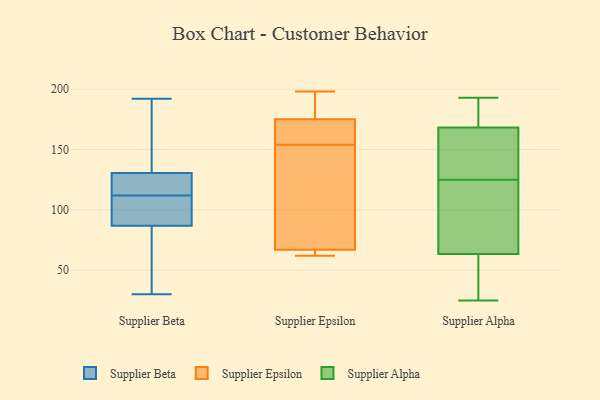
{"axis": {"x": "Backlog", "y": "Value"}, "legend": ["Supplier Alpha", "Supplier Beta", "Supplier Epsilon"], "data": [{"x": "", "y": 118, "type": "Supplier Beta"}, {"x": "", "y": 112, "type": "Supplier Beta"}, {"x": "", "y": 141, "type": "Supplier Beta"}, {"x": "", "y": 192, "type": "Supplier Beta"}, {"x": "", "y": 62, "type": "Supplier Beta"}, {"x": "", "y": 33, "type": "Supplier Beta"}, {"x": "", "y": 95, "type": "Supplier Beta"}, {"x": "", "y": 152, "type": "Supplier Beta"}, {"x": "", "y": 109, "type": "Supplier Beta"}, {"x": "", "y": 114, "type": "Supplier Beta"}, {"x": "", "y": 30, "type": "Supplier Beta"}, {"x": "", "y": 107, "type": "Supplier Beta"}, {"x": "", "y": 127, "type": "Supplier Beta"}, {"x": "", "y": 157, "type": "Supplier Epsilon"}, {"x": "", "y": 65, "type": "Supplier Epsilon"}, {"x": "", "y": 154, "type": "Supplier Epsilon"}, {"x": "", "y": 156, "type": "Supplier Epsilon"}, {"x": "", "y": 181, "type": "Supplier Epsilon"}, {"x": "", "y": 67, "type": "Supplier Epsilon"}, {"x": "", "y": 62, "type": "Supplier Epsilon"}, {"x": "", "y": 154, "type": "Supplier Epsilon"}, {"x": "", "y": 125, "type": "Supplier Epsilon"}, {"x": "", "y": 106, "type": "Supplier Epsilon"}, {"x": "", "y": 67, "type": "Supplier Epsilon"}, {"x": "", "y": 182, "type": "Supplier Epsilon"}, {"x": "", "y": 195, "type": "Supplier Epsilon"}, {"x": "", "y": 62, "type": "Supplier Epsilon"}, {"x": "", "y": 198, "type": "Supplier Epsilon"}, {"x": "", "y": 121, "type": "Supplier Alpha"}, {"x": "", "y": 25, "type": "Supplier Alpha"}, {"x": "", "y": 62, "type": "Supplier Alpha"}, {"x": "", "y": 163, "type": "Supplier Alpha"}, {"x": "", "y": 143, "type": "Supplier Alpha"}, {"x": "", "y": 98, "type": "Supplier Alpha"}, {"x": "", "y": 193, "type": "Supplier Alpha"}, {"x": "", "y": 25, "type": "Supplier Alpha"}, {"x": "", "y": 191, "type": "Supplier Alpha"}, {"x": "", "y": 125, "type": "Supplier Alpha"}, {"x": "", "y": 68, "type": "Supplier Alpha"}, {"x": "", "y": 54, "type": "Supplier Alpha"}, {"x": "", "y": 185, "type": "Supplier Alpha"}, {"x": "", "y": 170, "type": "Supplier Alpha"}, {"x": "", "y": 135, "type": "Supplier Alpha"}]}